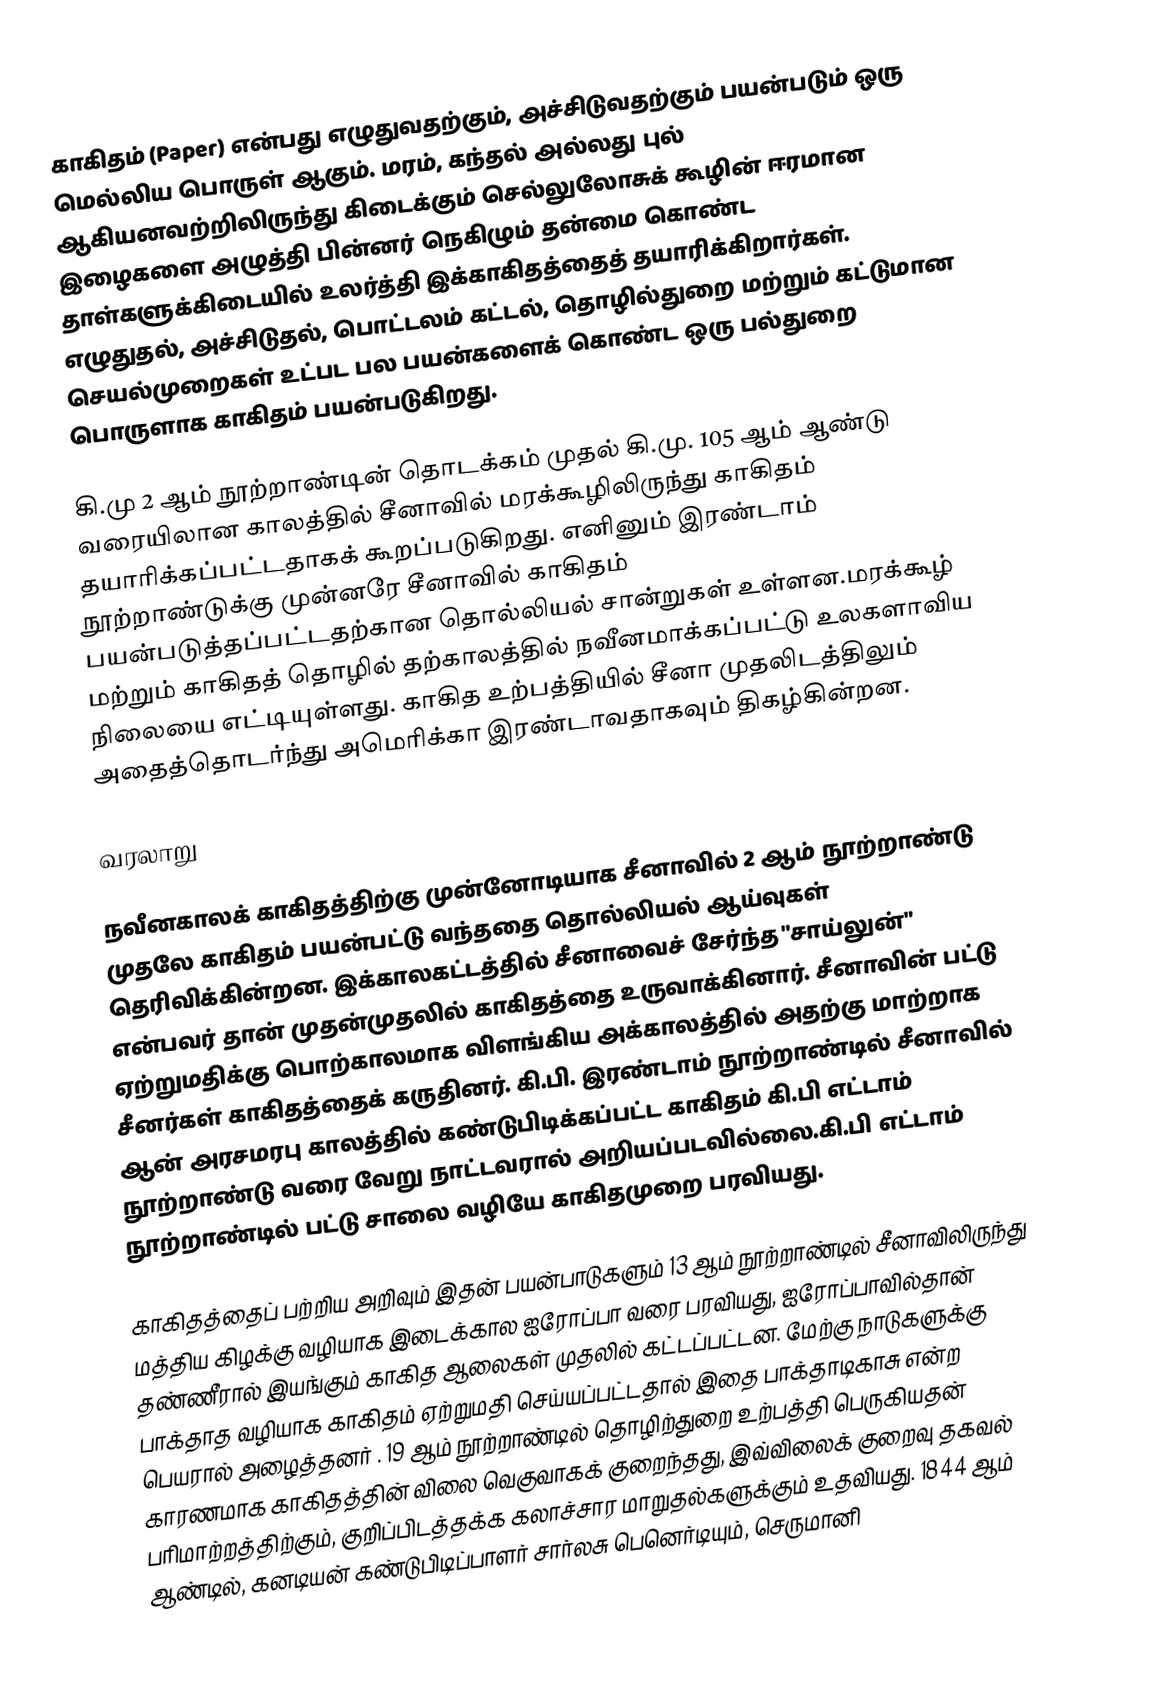
காகிதம் (Paper) என்பது எழுதுவதற்கும், அச்சிடுவதற்கும் பயன்படும் ஒரு மெல்லிய பொருள் ஆகும். மரம், கந்தல் அல்லது புல் ஆகியனவற்றிலிருந்து கிடைக்கும் செல்லுலோசுக் கூழின் ஈரமான இழைகளை அழுத்தி பின்னர் நெகிழும் தன்மை கொண்ட தாள்களுக்கிடையில் உலர்த்தி  இக்காகிதத்தைத் தயாரிக்கிறார்கள். எழுதுதல், அச்சிடுதல், பொட்டலம் கட்டல், தொழில்துறை மற்றும் கட்டுமான செயல்முறைகள் உட்பட பல பயன்களைக் கொண்ட ஒரு பல்துறை பொருளாக காகிதம் பயன்படுகிறது.

கி.மு 2 ஆம் நூற்றாண்டின் தொடக்கம் முதல்  கி.மு. 105 ஆம் ஆண்டு வரையிலான காலத்தில் சீனாவில் மரக்கூழிலிருந்து காகிதம் தயாரிக்கப்பட்டதாகக் கூறப்படுகிறது. எனினும் இரண்டாம் நூற்றாண்டுக்கு முன்னரே சீனாவில் காகிதம் பயன்படுத்தப்பட்டதற்கான தொல்லியல் சான்றுகள் உள்ளன.மரக்கூழ்  மற்றும் காகிதத் தொழில் தற்காலத்தில் நவீனமாக்கப்பட்டு உலகளாவிய நிலையை எட்டியுள்ளது. காகித உற்பத்தியில் சீனா முதலிடத்திலும் அதைத்தொடர்ந்து அமெரிக்கா இரண்டாவதாகவும் திகழ்கின்றன.

வரலாறு

நவீனகாலக் காகிதத்திற்கு முன்னோடியாக சீனாவில் 2 ஆம் நூற்றாண்டு முதலே காகிதம் பயன்பட்டு வந்ததை தொல்லியல் ஆய்வுகள் தெரிவிக்கின்றன. இக்காலகட்டத்தில் சீனாவைச் சேர்ந்த "சாய்லுன்" என்பவர் தான் முதன்முதலில் காகிதத்தை உருவாக்கினார். சீனாவின் பட்டு ஏற்றுமதிக்கு பொற்காலமாக விளங்கிய அக்காலத்தில் அதற்கு மாற்றாக சீனர்கள் காகிதத்தைக் கருதினர். கி.பி. இரண்டாம் நூற்றாண்டில் சீனாவில் ஆன் அரசமரபு காலத்தில் கண்டுபிடிக்கப்பட்ட காகிதம் கி.பி எட்டாம் நூற்றாண்டு வரை வேறு நாட்டவரால் அறியப்படவில்லை.கி.பி எட்டாம் நூற்றாண்டில் பட்டு சாலை வழியே காகிதமுறை பரவியது.

காகிதத்தைப் பற்றிய அறிவும் இதன் பயன்பாடுகளும்  13 ஆம் நூற்றாண்டில் சீனாவிலிருந்து மத்திய கிழக்கு வழியாக   இடைக்கால ஐரோப்பா வரை பரவியது,  ஐரோப்பாவில்தான்  தண்ணீரால் இயங்கும் காகித ஆலைகள்  முதலில் கட்டப்பட்டன. மேற்கு நாடுகளுக்கு பாக்தாத வழியாக காகிதம் ஏற்றுமதி செய்யப்பட்டதால் இதை பாக்தாடிகாசு என்ற பெயரால் அழைத்தனர் . 19 ஆம் நூற்றாண்டில்  தொழிற்துறை உற்பத்தி பெருகியதன் காரணமாக காகிதத்தின் விலை வெகுவாகக் குறைந்தது, இவ்விலைக் குறைவு  தகவல் பரிமாற்றத்திற்கும், குறிப்பிடத்தக்க கலாச்சார மாறுதல்களுக்கும் உதவியது. 1844 ஆம் ஆண்டில், கனடியன் கண்டுபிடிப்பாளர் சார்லசு பெனெர்டியும், செருமானி